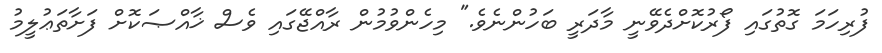
ފުރިހަމަ ގޮތުގައި ފޯރުކޮށްދެވޭނީ މާދަރީ ބަހުންނެވެ." މިހެންވުމުން ރާއްޖޭގައި ވެސް ޚާއްޞަކޮށް ފަށާތަޢުލީމު